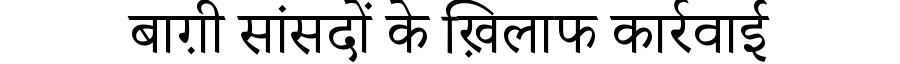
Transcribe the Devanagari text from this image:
बाग़ी सांसदों के ख़िलाफ कार्रवाई